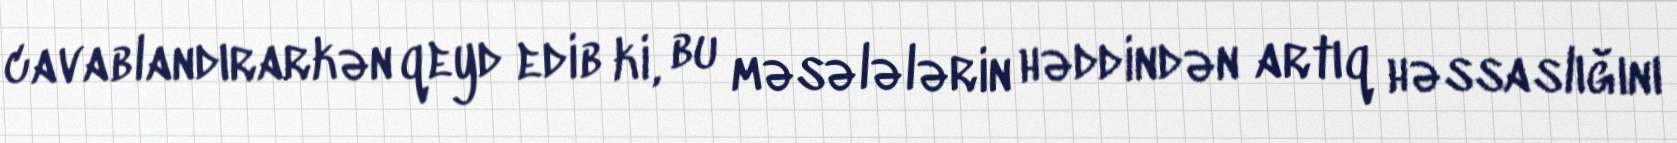
cavablandırarkən qeyd edib ki, bu məsələlərin həddindən artıq həssaslığını